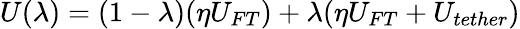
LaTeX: U(\lambda)=(1-\lambda)(\eta U_{FT})+\lambda(\eta U_{FT}+U_{tether})